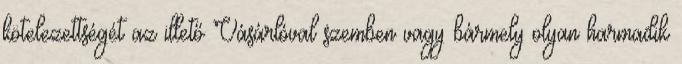
kötelezettségét az illető Vásárlóval szemben vagy bármely olyan harmadik